Notes on vaccination in the North-West Frontier Province 1923-1928 - 1923-1928
Year: 1923
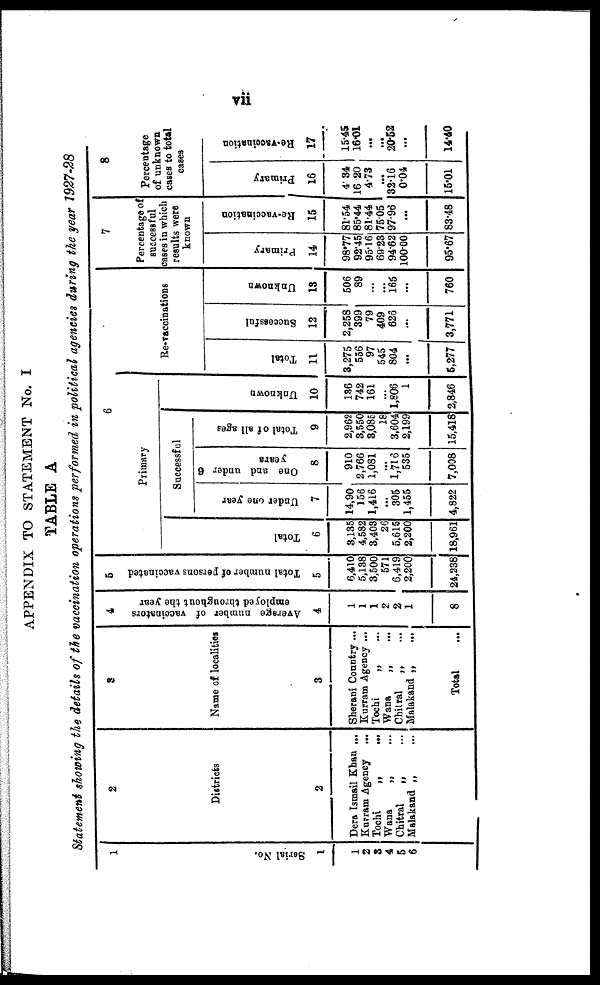
vii
APPENDIX TO STATEMENT No. I
TABLE A
Statement showing the details of the vaccination operations performed in political agencies during the year 1927-28
1
Serial No.
1
1
2
3
4
5
6
2
Districts
2
Dera Ismail Khan ...
Kurram Agency
...
Tochi
„
...
Wana
„ ...
Chitral
„ ...
Malakand „ ...
3
Name of localities
3
Sherani Country ...
Kurram Agency ...
Tochi „ ...
Wana „ ...
Chitral „ ...
Malakand „ ...
Total ...
4
Average number of vaccinators
employed throughout the year
4
1
1
1
2
2
1
8
5
Total number of persons vaccinated
5
6,410
5,138
3,500
571
6,419
2,200
24,238
6
Primary
Total
6
3,135
4,582
3,403
26
5,615
2,200
18,961
Successful
Under one year
7
14,90
156
1,416
...
305
1,455
4,822
One and under 6
years
8
910
2,766
1,081
...
1,716
535
7,008
Total of all ages
9
2,962
3,550
3,085
18
3,604
2,199
15,418
Unknown
10
136
742
161
...
1,806
1
2,846
Re-vaccinations
Total
11
3,275
556
97
545
804
...
5,277
Successful
12
2,258
399
79
409
626
...
3,771
Unknown
13
506
89
...
...
165
...
760
7
Percentage of
successful
cases in which
results were
known
Primary
14
98.77
92.45
95.16
69.23
94.62
100.00
95.67
Re-vaccination
15
81.54
85.44
81.44
75.05
97.96
...
83.48
8
Percentage
of unknown
cases to total
cases
Primary
16
4.34
16.20
4.73
...
32.16
0.04
15.01
Re-vaccination
17
15.45
16.01
...
...
20.52
...
14.40